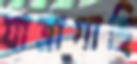
যাত্রাগাছি